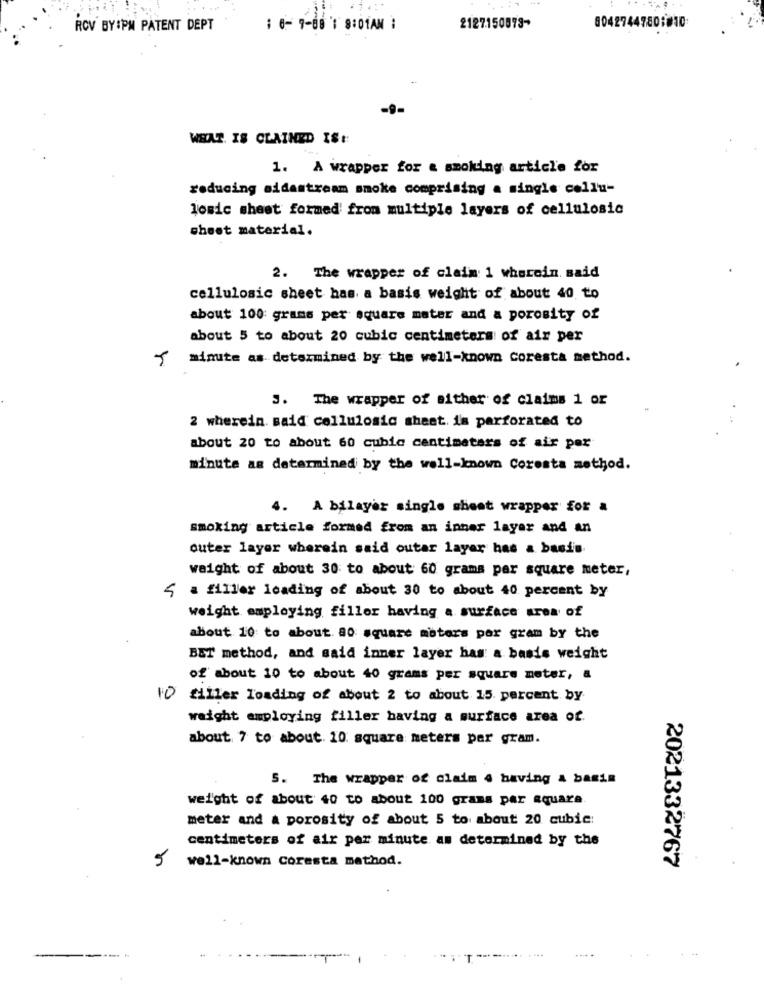
ROV BY:PM PATENT DEPT
: 6- 9-08 1 8:01AM :
2127150878-
80427447801010
-9
WHAT. IS CLAINED ISt:
1. A wrapper for & smoking article for
reducing aidastream smoke comprising a single collu-
losic sheet formed from multiple layers of cellulosic
chest material.
2. The wrapper of claim 1 wherein. said
cellulosic sheet has a basis weight of about 40 to
about 100 grams per square mater and a porosity of
about 5 to about 20 cubic centimeters of air per
5 minute as determined by the well-known Coresta method.
3. The wrapper of either of claims 1 or
2 wherein. said cellulosic sheet. is perforated to
about 20 to about 60 cubic centimeters of air per
minute as determined by the well-known Coresta method.
4. A bilayer single sheet wrapper for a
smoking article formed from an inner layer and an
outer layer wherein said outar layar has a basis
waight of about 30 to about 60 grams per square meter,
{ a filler leading of about 30 to about 40 percent by
weight employing filler having a surface area of
about 10 to about. 80 square motors por gram by the
BET method, and said inner layer has a basis weight
of about 10 to about 40 grams per square meter, a
10 tiller loading of about 2 to about 15 percent by
weight employing filler having a surface area of.
about 7 to about. 10 square meters per gram.
S. The wrapper of claim 4 having & basis
weight of about 40 to about 100 grams par aquare
meter and a porosity of about 5 to about 20 cubic:
centimeters of air per minute as determined by the
5
well-known Coresta method.
2021332767
-----
.